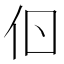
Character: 𠇂